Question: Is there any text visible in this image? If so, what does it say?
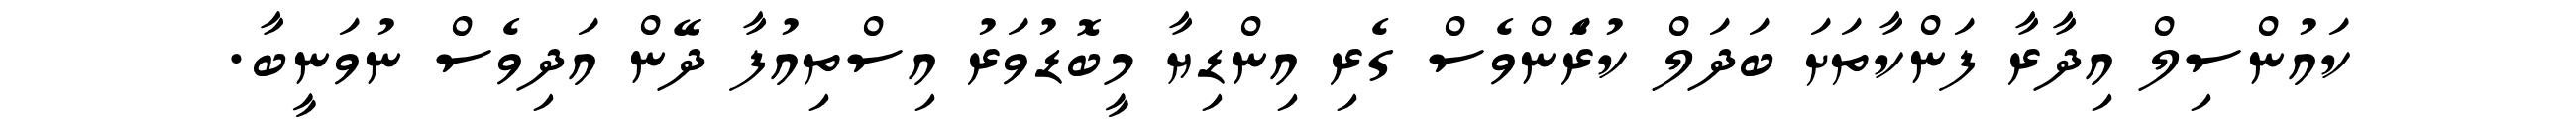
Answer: ކައުންސިލް އިދާރާ ފަންކާތަށަ ބަދަލް ކުރެަންވެސް ގެރި އިންޑިޔާ މީބޮޑުވަރު އިސްތިއުފާ ދޭން އަދިވެސް ނުވަނީބާ.